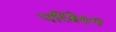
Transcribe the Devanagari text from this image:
परिबेक्ष्य